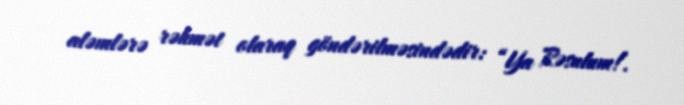
aləmlərə rəhmət olaraq göndərilməsindədir: “Ya Rəsulum!.